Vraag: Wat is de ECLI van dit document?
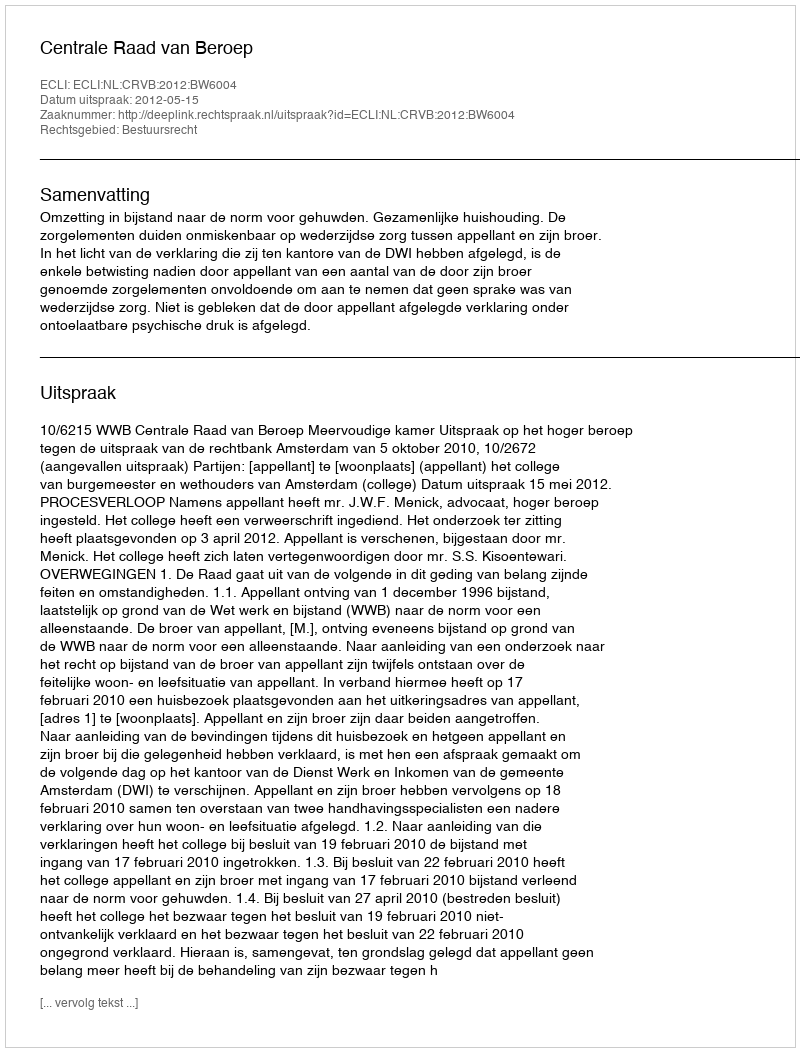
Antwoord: ECLI:NL:CRVB:2012:BW6004